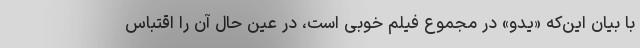
با بیان این‌که «یدو» در مجموع فیلم خوبی است، در عین حال آن را اقتباس